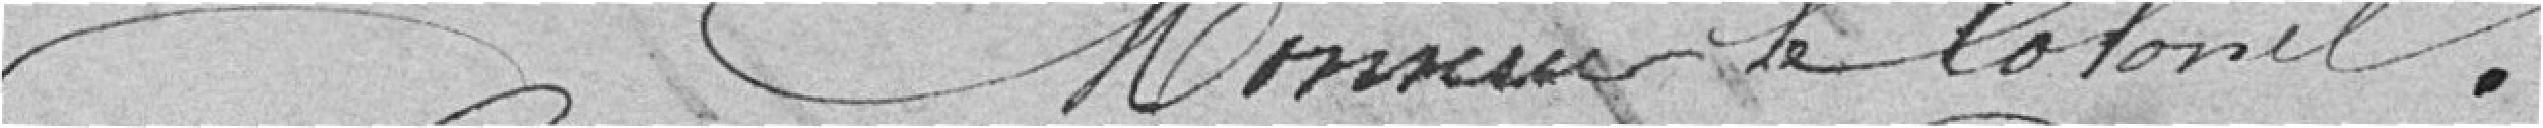
Monsieur le colonel